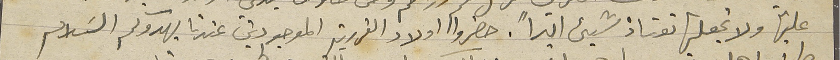
عليها ولا تجعلها تعتاذ شيء ابداً. حضروا اولاد القررية الموجودين عندنا يهدوكم السَلام